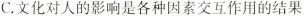
C.文化对人的影响是各种因素交互作用的结果